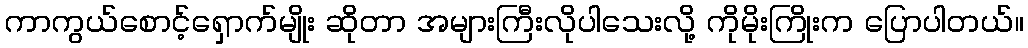
ကာကွယ်စောင့်ရှောက်မျိုး ဆိုတာ အများကြီးလိုပါသေးလို့ ကိုမိုးကြိုးက ပြောပါတယ်။